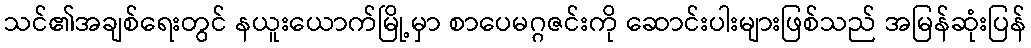
သင်၏အချစ်ရေးတွင် နယူးယောက်မြို့မှာ စာပေမဂ္ဂဇင်းကို ဆောင်းပါးများဖြစ်သည် အမြန်ဆုံးပြန်